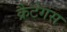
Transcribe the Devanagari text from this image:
क्रैटेगस